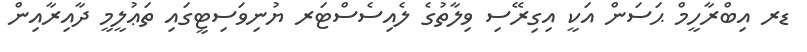
ޑރ އިބްރާހީމް ޙަސަން އަކީ އިގިރޭސި ވިލާތުގެ ލެއިސެސްޓަރ ޔުނިވަސިޓީގައި ތަޢުލީމީ ދާއިރާއިން